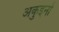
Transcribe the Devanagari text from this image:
अकुइनो